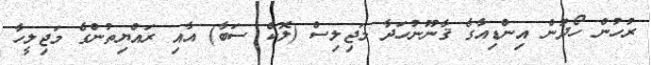
ރުހުން ހޯދުން އިންޑިއާގެ ޤާނޫނުހަދާ މަޖިލިސް (ލޮކް ސަބާ) އާއި ރައްޔިތުންގެ މަޖިލީހާ